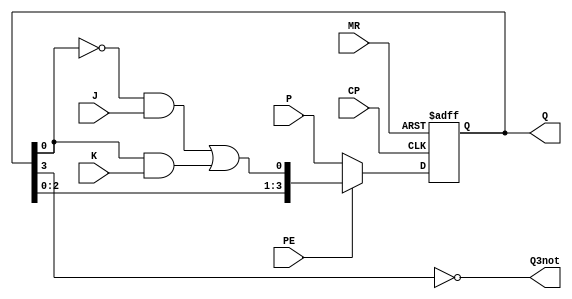
`timescale 1ns / 1ps
//////////////////////////////////////////////////////////////////////////////////
// Company:  Adam LLC
// 
// Design Name:    SN74LS195A Gate Level Module
// Module Name:    SN74LS195Agates 
//////////////////////////////////////////////////////////////////////////////////
module SN74LS195Abehavior(Q, P, Q3not, PE, J, K, CP, MR);
	parameter LENGTH = 4;
	input PE, J, K, CP, MR;
	input [LENGTH-1:0] P;
	output reg [LENGTH-1:0] Q;
	output Q3not;
	
	always @ (posedge CP or negedge MR)
		if (MR == 0) Q <= 0;
		else if (PE == 0)
		Q <= P;
		else if (PE == 1)
		Q <= { Q[LENGTH-2:0], (~Q[0]&J)|(Q[0]&K) };
		
	assign Q3not = ~Q[3];
	
endmodule